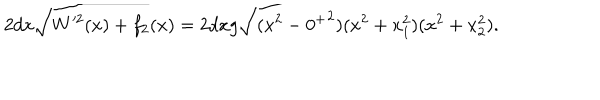
2 d x \sqrt { W ^ { 2 } ( x ) + f _ { 2 } ( x ) } = 2 d x g \sqrt { ( x ^ { 2 } - { 0 ^ { + } } ^ { 2 } ) ( x ^ { 2 } + x _ { 1 } ^ { 2 } ) ( x ^ { 2 } + x _ { 2 } ^ { 2 } ) } .